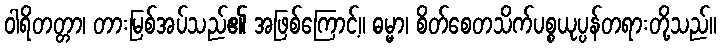
ဝါရိတတ္တာ၊ တားမြစ်အပ်သည်၏ အဖြစ်ကြောင့်။ ဓမ္မာ၊ စိတ်စေတသိက်ပစ္စယုပ္ပန်တရားတို့သည်။